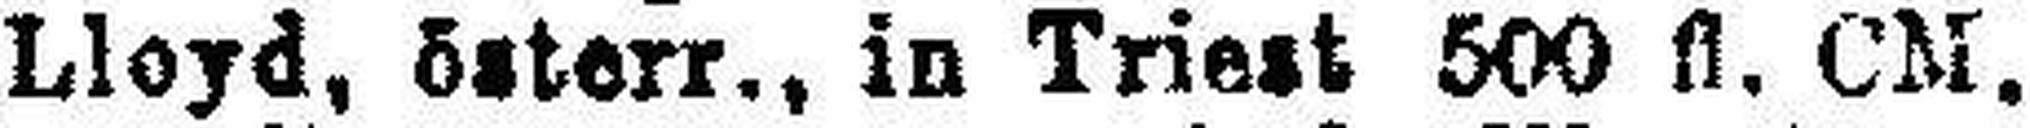
Lloyd, österr., in Triest 500 fl. CM.